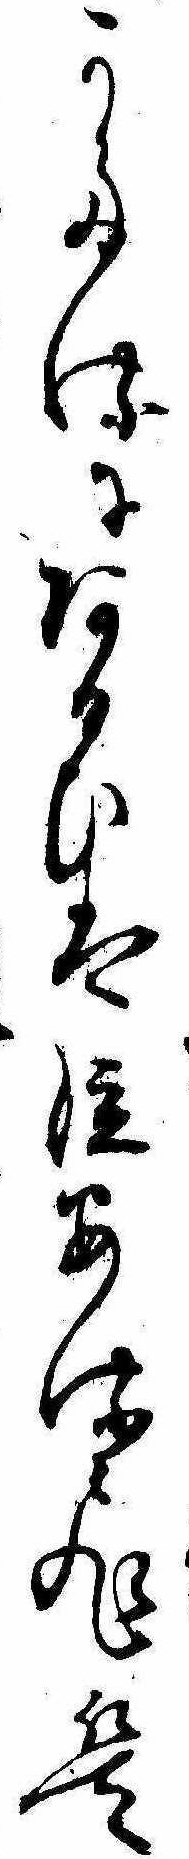
かたるにあるいは泣あるひは